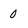
Character: 0